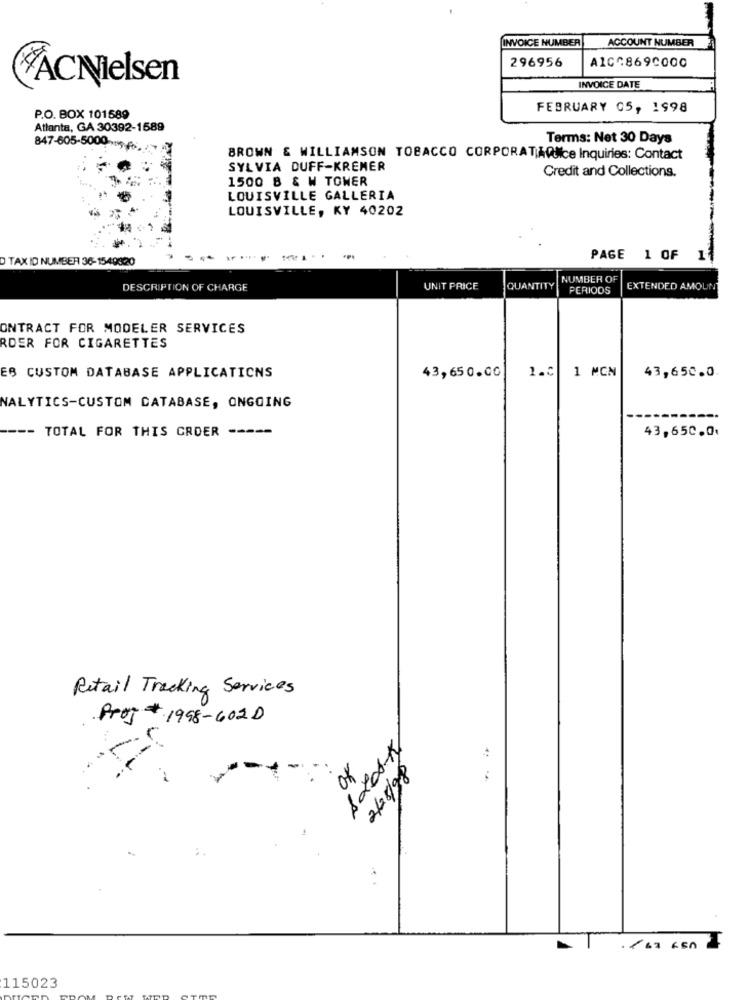
INVOICE NUMBER
ACCOUNT NUMBER
296956
A1CG869C000
#ÀCNielsen
INVOICE DATE
FEBRUARY 05, 1998
P.O. BOX 101589
Atlanta, GA 30392-1589
Terms: Net 30 Days
847-605-5000
BROWN & WILLIAMSON TOBACCO CORPORATAANce Inquiries: Contact
SYLVIA DUFF-KREMER
1500 B & W TOWER
Credit and Collections.
LOUISVILLE GALLERIA
LOUISVILLE, KY 40202
D TAX ID NUMBER 36-1549820
..
PAGE 1 OF 11
NUMBER OF
DESCRIPTION OF CHARGE
UNIT PRICE
QUANTITY
PERIODS
EXTENDED AMOUNT
ONTRACT FOR MODELER SERVICES
RDER FOR CIGARETTES
ES CUSTOM DATABASE APPLICATIONS
43,650.0G
1.C 1 MCN
43,650.0.
NALYTICS-CUSTOM DATABASE, ONGOING
---
TOTAL FOR THIS CROER -----
43,650.0.
Retail Trecking Services
ProJ1998-602D
8200-5
--
.461 650
115023